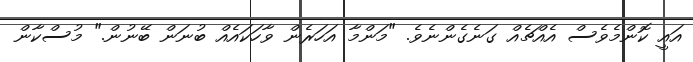
އައީ ކޮންމެވެސް އެއްޗެއް ގަނެގެންނެވެ. "މަންމާ އަހަރެން ވާހަކައެއް ބުނަން ބޭނުން." މުސްކާން